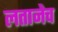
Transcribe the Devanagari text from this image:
लतानेच